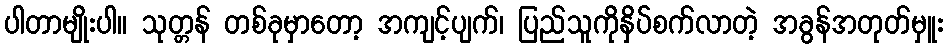
ပါတာမျိုးပါ။ သုတ္တန် တစ်ခုမှာတော့ အကျင့်ပျက်၊ ပြည်သူကိုနှိပ်စက်လာတဲ့ အခွန်အတုတ်မှူး